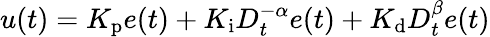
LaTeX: u(t)=K_{\mathrm{p}}e(t)+K_{\mathrm{i}}D_{t}^{-\alpha}e(t)+K_{\mathrm{d}}D_{t}^{\beta}e(t)